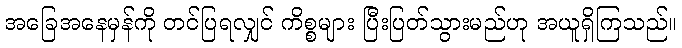
အခြေအနေမှန်ကို တင်ပြရလျှင် ကိစ္စများ ပြီးပြတ်သွားမည်ဟု အယူရှိကြသည်။